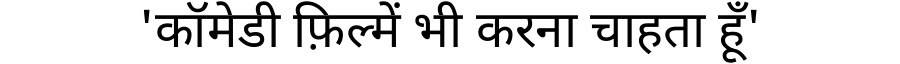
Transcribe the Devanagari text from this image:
'कॉमेडी फ़िल्में भी करना चाहता हूँ'